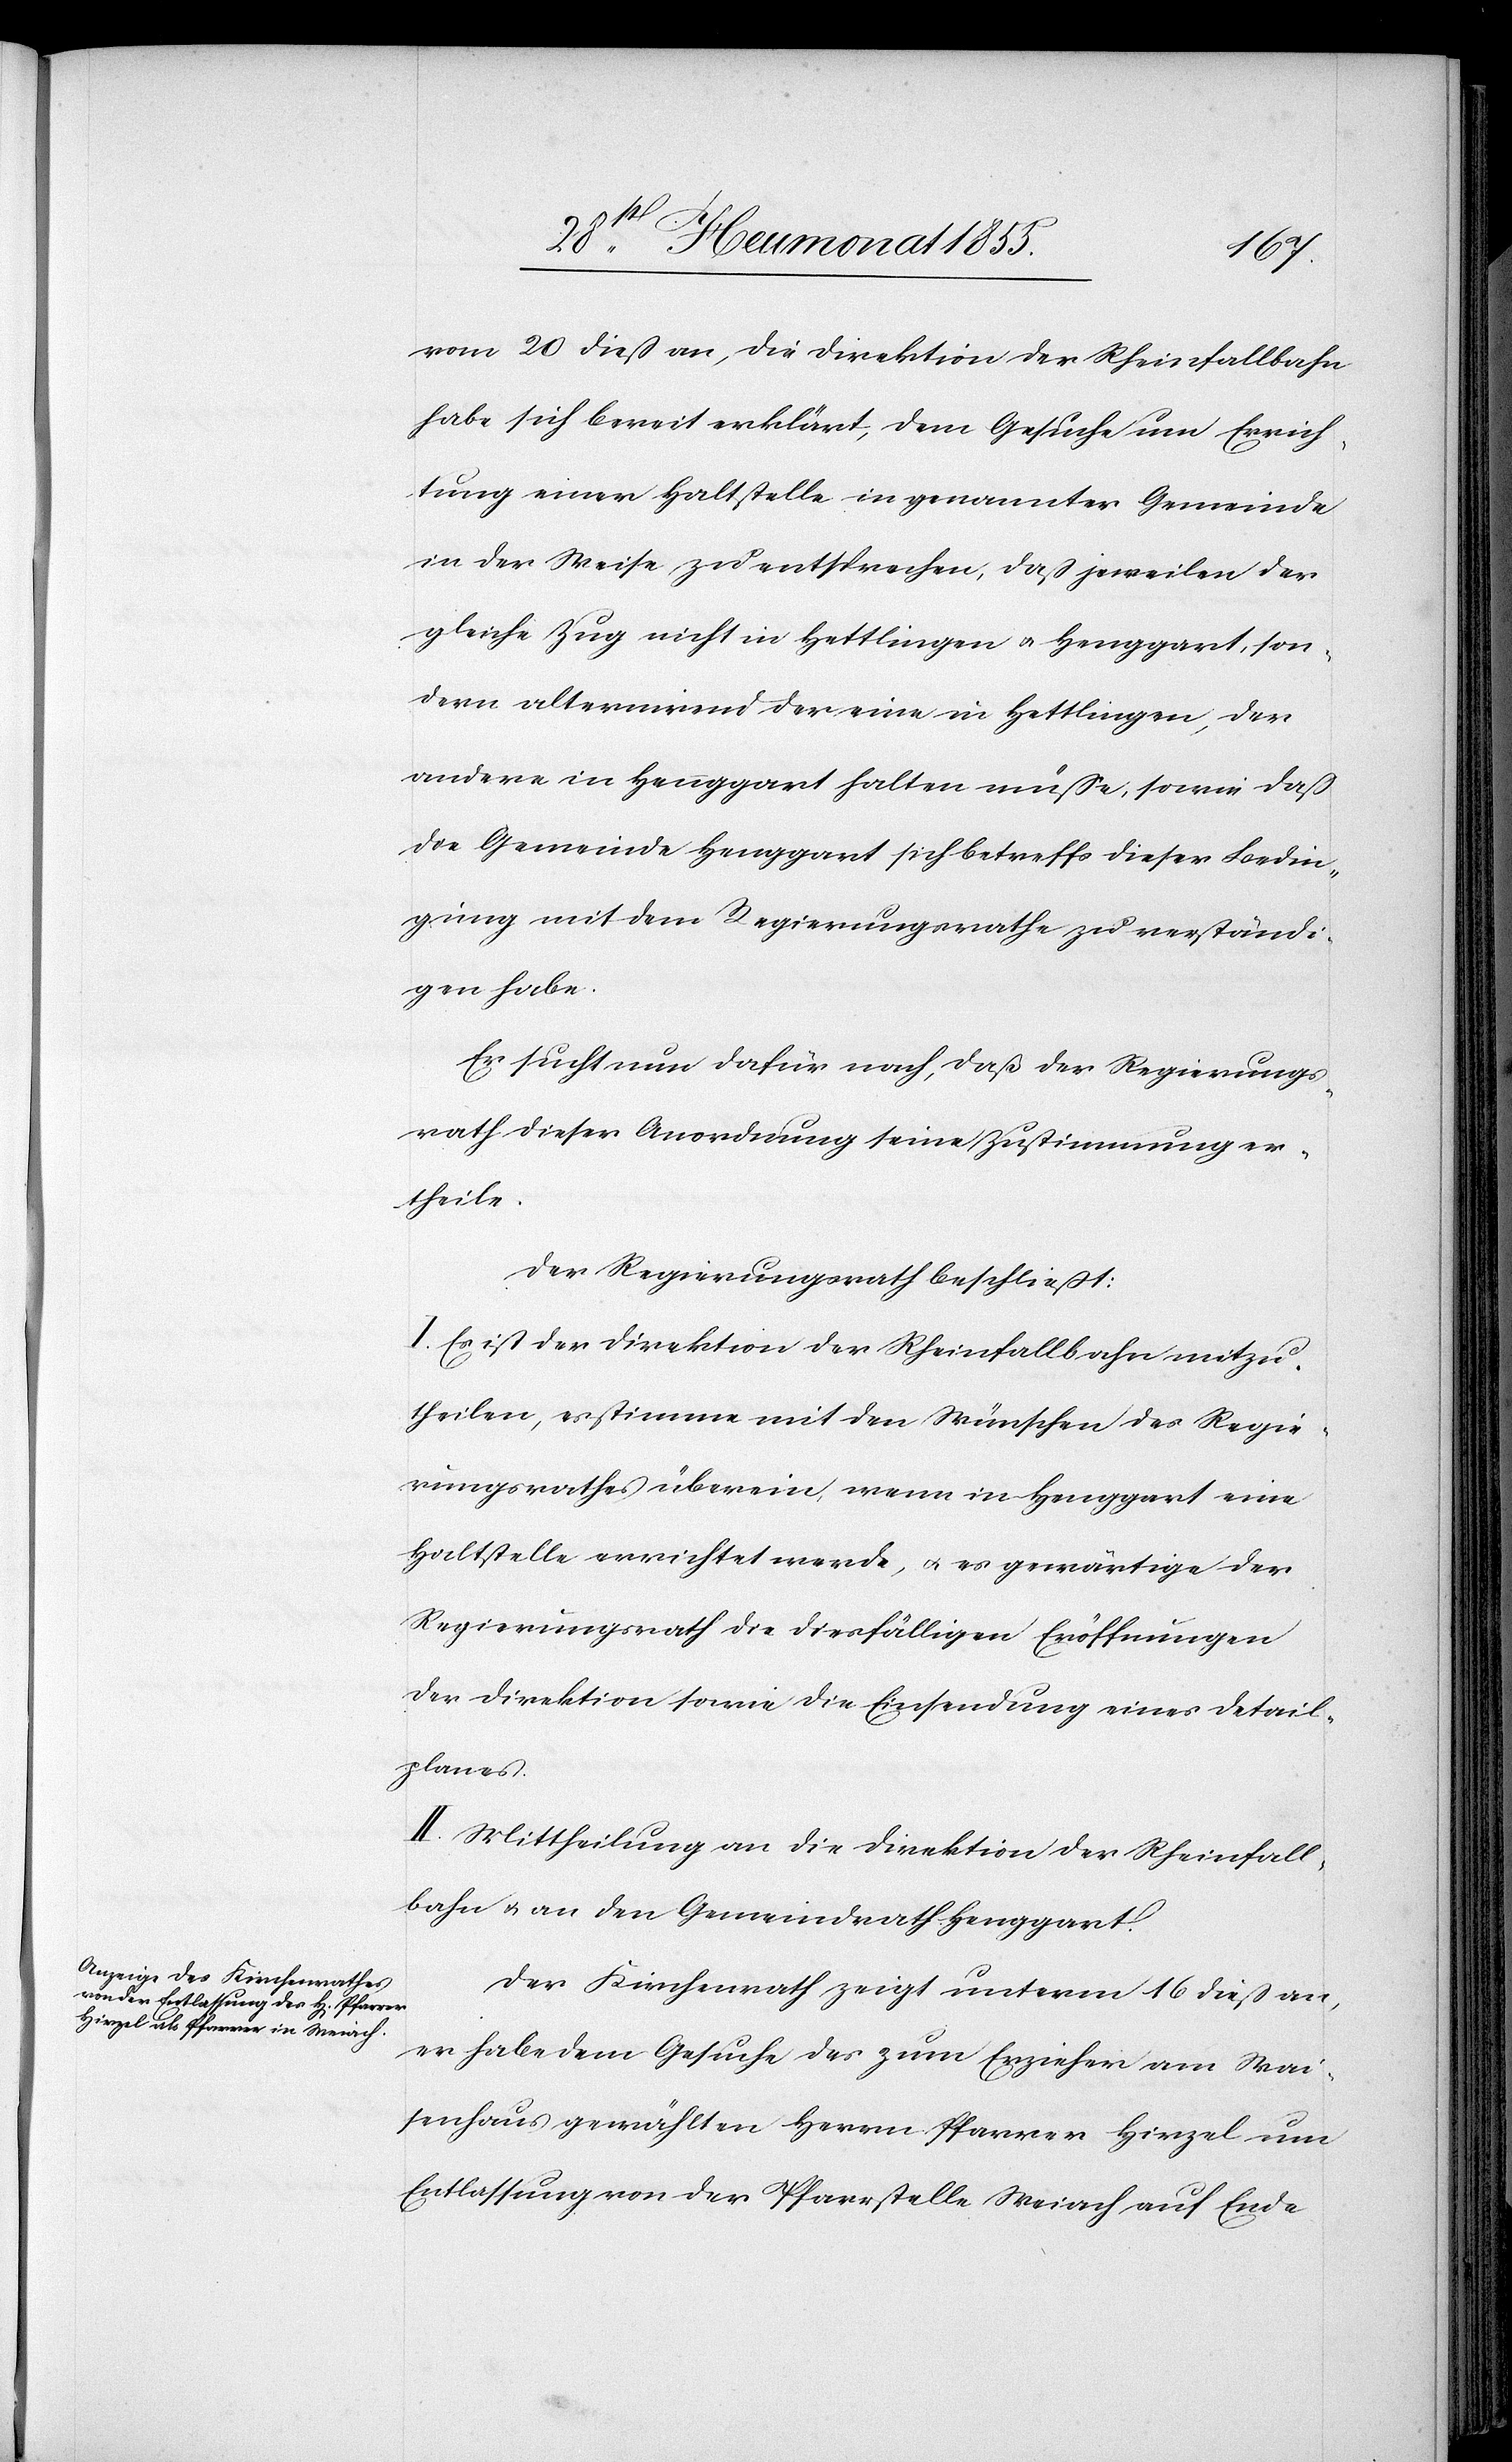
vom 20 dieß an, die Direktion der Rheinfallbahn
habe sich bereit erklärt, dem Gesuche um Errich¬
tung einer Haltstelle in genannter Gemeinde
in der Weise zu entsprechen, daß jeweilen der
gleiche Zug nicht in Hettlingen & Henggart, son¬
dern alternirend der eine in Hettlingen, der
andere in Henggart halten müsse, sowie daß
die Gemeinde Henggart sich betreffs dieser Bedin¬
gung mit dem Regierungsrathe zu verständi¬
gen habe.
Er sucht nun dafür nach, daß der Regierungs¬
rath dieser Anordnung seine Zustimmung er¬
theile.
Der Regierungsrath beschließt:
I. Es ist der Direktion der Rheinfallbahn mitzu¬
theilen, es stimme mit den Wünschen des Regie¬
rungsrathes überein, wenn in Henggart eine
Haltstelle errichtet werde, & es gewärtige der
Regierungsrath die diesfälligen Eröffnungen
der Direktion sowie die Einsendung eines Detail¬
planes.
II. Mittheilung an die Direktion der Rheinfall¬
bahn & an den Gemeindrath Henggart.
Der Kirchenrath zeigt unterm 16 dieß an,
er habe dem Gesuche des zum Erzieher am Wai¬
senhaus gewählten Herrn Pfarrer Hirzel um
Entlassung von der Pfarrstelle Weiach auf Ende